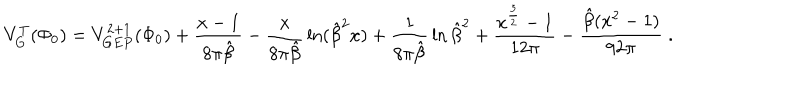
V _ { G } ^ { T } ( \Phi _ { 0 } ) = V _ { G E P } ^ { 2 + 1 } ( \Phi _ { 0 } ) + \frac { x - 1 } { 8 \pi \hat { \beta } } - { \frac { x } { 8 \pi \hat { \beta } } } \ln ( { \hat { \beta } } ^ { 2 } x ) + { \frac { 1 } { 8 \pi \hat { \beta } } } \ln { \hat { \beta } } ^ { 2 } + \frac { x ^ { \frac { 3 } { 2 } } - 1 } { 1 2 \pi } - \frac { \hat { \beta } ( x ^ { 2 } - 1 ) } { 9 2 \pi } \; .